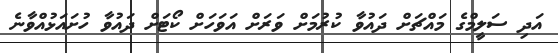
އަދި ސަލީމްގެ މައްޗަށް ދައުވާ ކުރުމަށް ވަރަށް އަވަހަށް ކޯޓަށް ދައުވާ ހުށައަޅުއްވާނެ